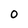
Character: 0